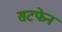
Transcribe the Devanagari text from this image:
सटफेन